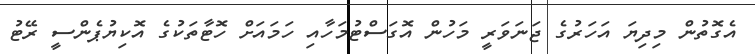
އެގޮތުން މިދިޔަ އަހަރުގެ ޖަނަވަރީ މަހުން އޮގަސްޓުމަހާއި ހަމައަށް ހޮޓާތަކުގެ އޮކިޔުޕެންސީ ރޭޓު